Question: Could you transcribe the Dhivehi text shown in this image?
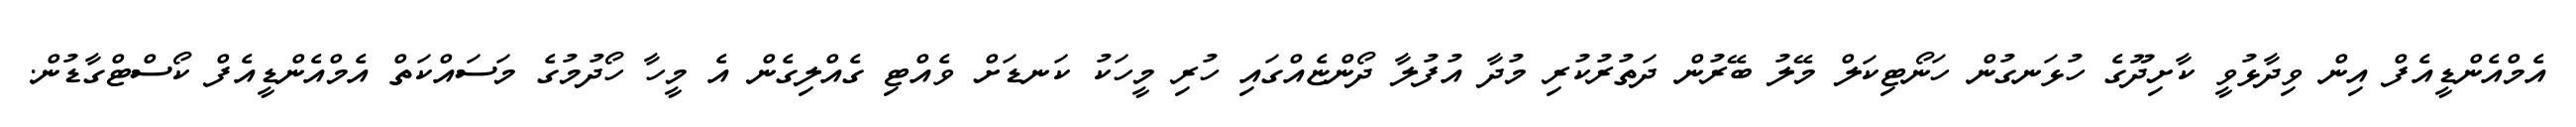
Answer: އެމްއެންޑީއެފް އިން ވިދާޅުވީ ކާށިދޫގެ ހުޅަނގުން ހަނޯޓިކަލް މޭލު ބޭރުން ދަތުރުކުރި މުދާ އުފުލާ ދޯންޏެއްގައި ހުރި މީހަކު ކަނޑަށް ވެއްޓި ގެއްލިގެން އެ މީހާ ހޯދުމުގެ މަސައްކަތް އެމްއެންޑީއެފް ކޯސްޓްގާޑުން.